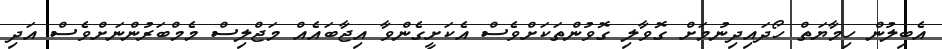
އެބިލުން ހިމާޔަތް ހޯދައިދިނުމަށް ގޮވާލި ގޮވުންތަކަށްވެސް އެކަށީގެންވާ އިޖާބައެއް މަޖްލިސް މެމްބަރުންނަށްވެސް އަދި